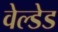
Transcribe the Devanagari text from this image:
वेल्डेड